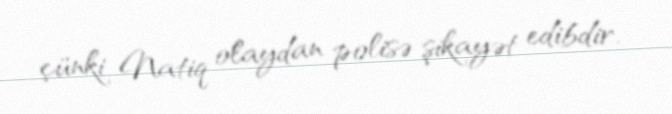
çünki Natiq olaydan polisə şikayət edibdir.